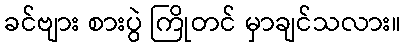
ခင်ဗျား စားပွဲ ကြိုတင် မှာချင်သလား။